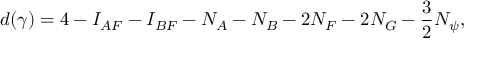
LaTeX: d ( \gamma ) = 4 - I _ { A F } - I _ { B F } - N _ { A } - N _ { B } - 2 N _ { F } - 2 N _ { G } - \frac 3 2 N _ { \psi } ,